Janeda_(Ambla)_vallavalitsus, lk 6
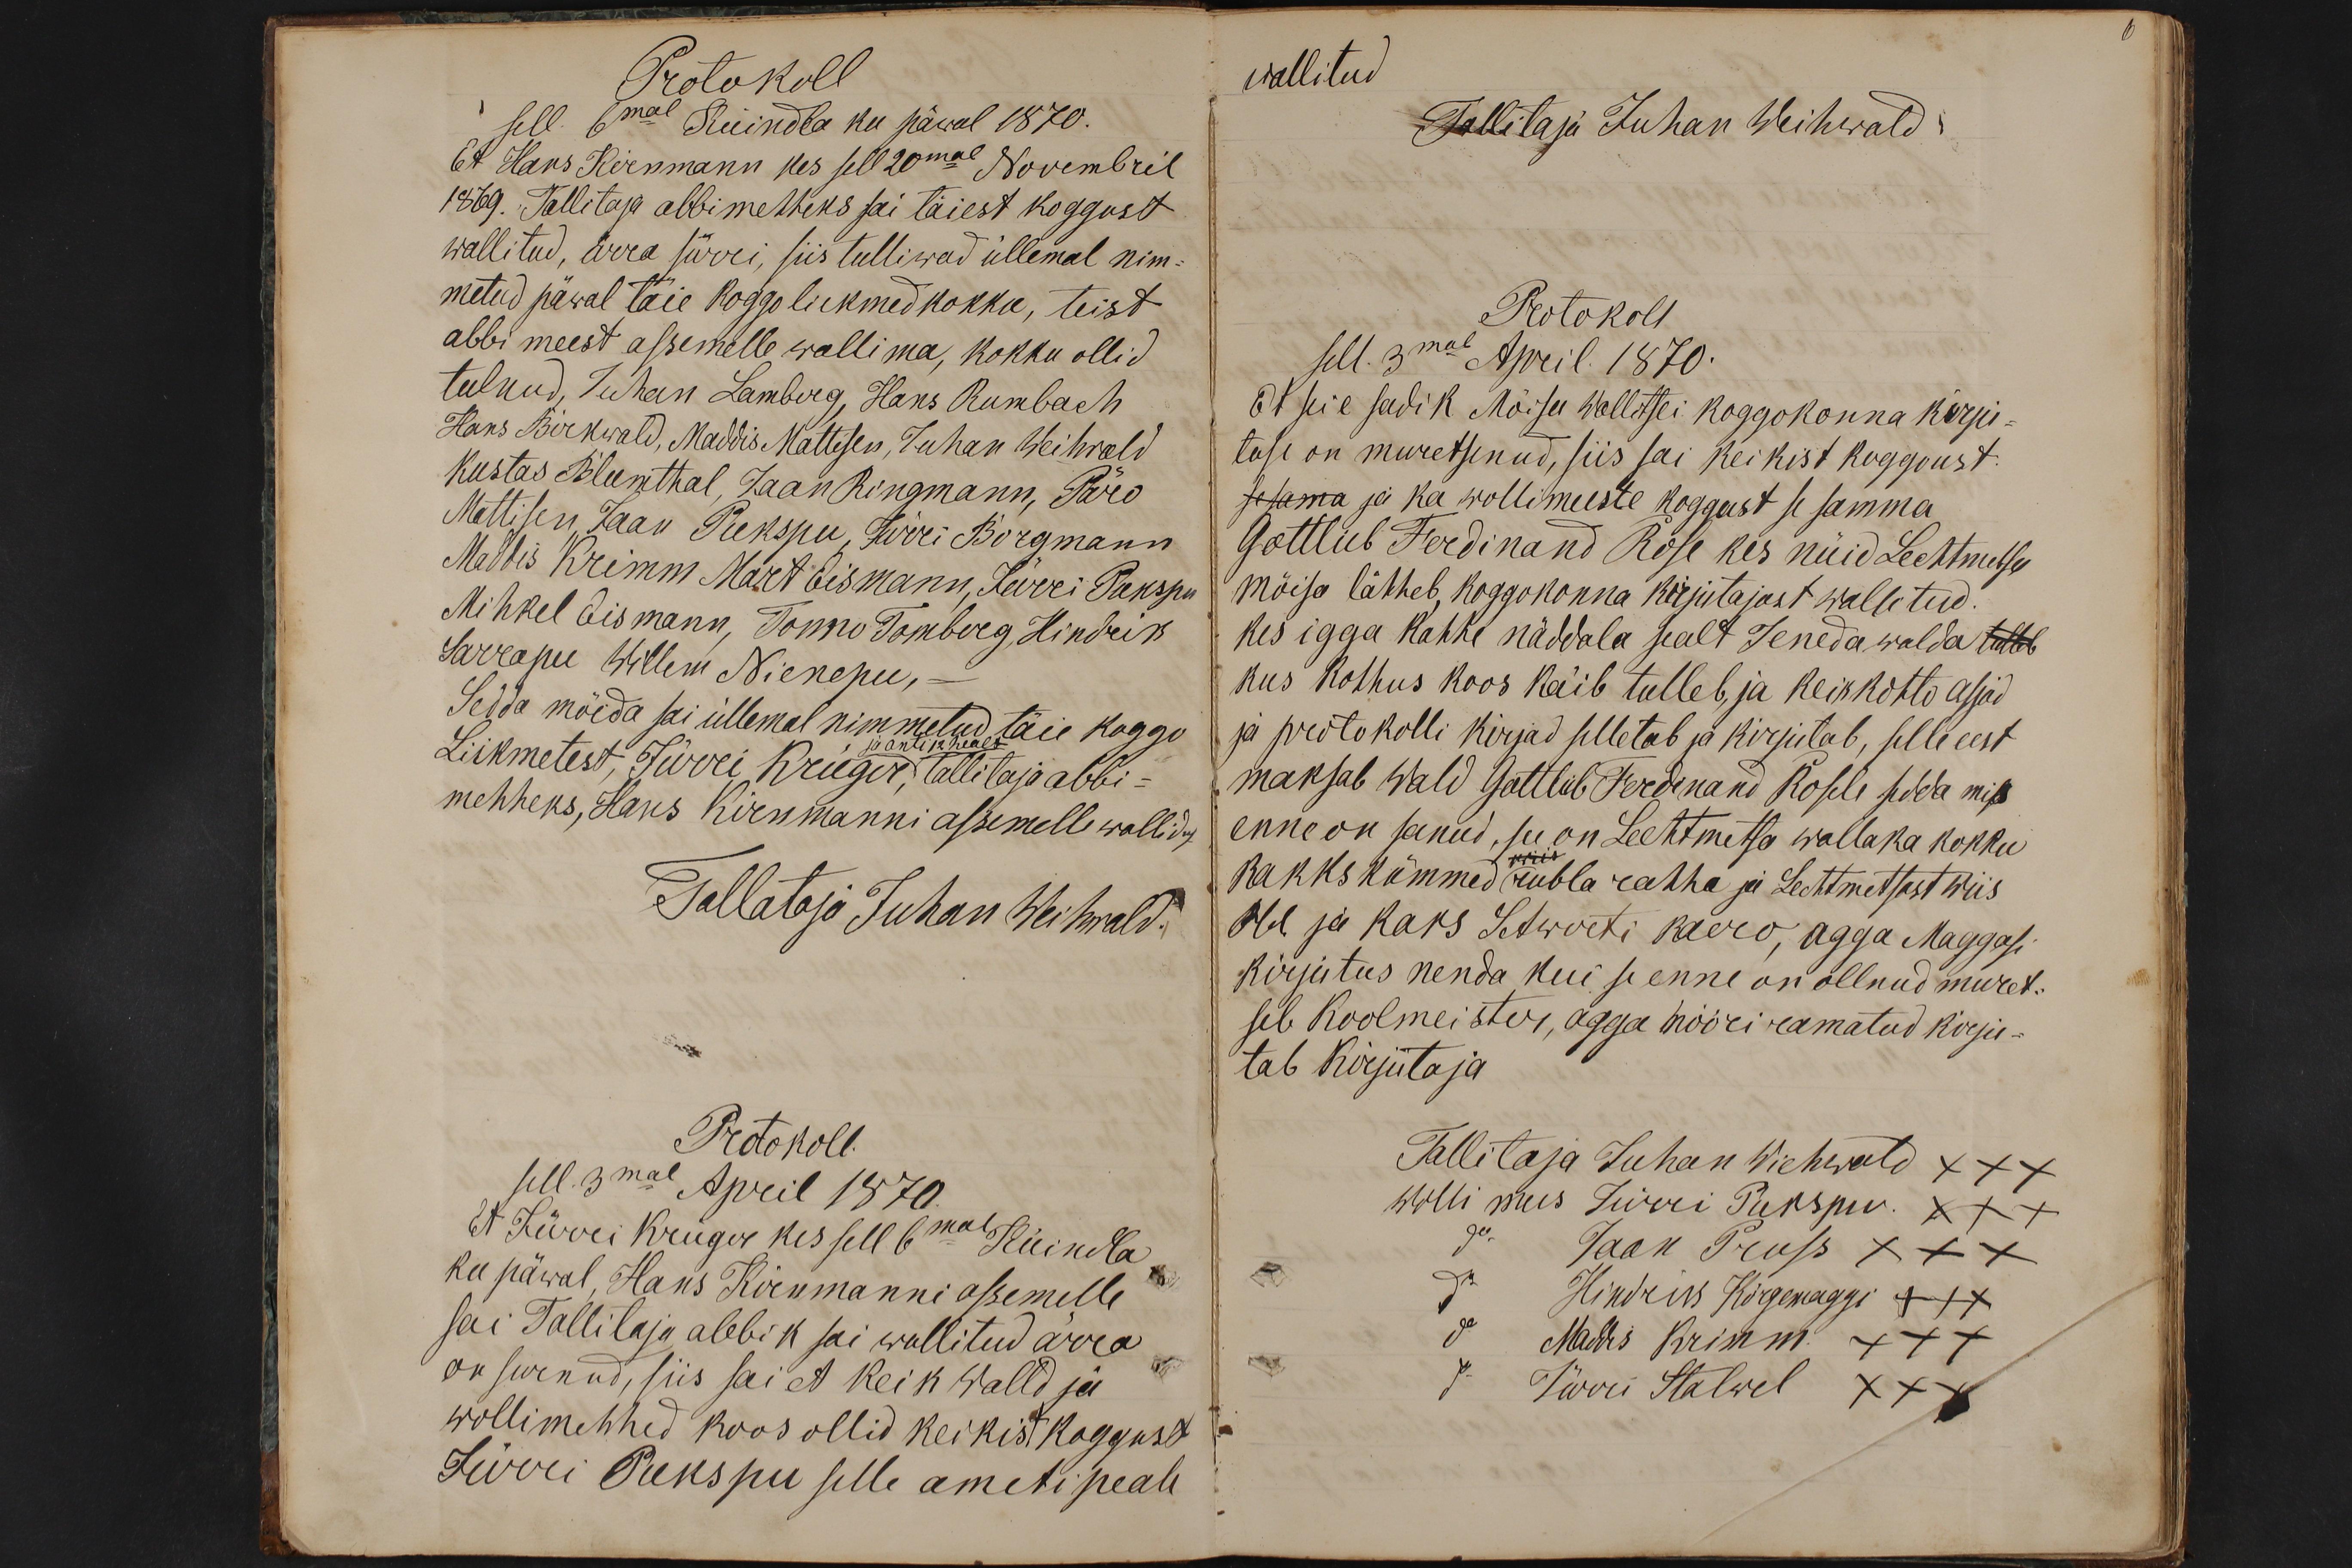
Protokoll
sell. 6mal Küindla ku päwal 1870
Et Hans Kirnmann kes sell 20mal Novembril
1869. Tallitaja abbimehheks sai täiest koggust
wallitud, ärra surri, siis tulliwad üllemal nim-
metud päwal täie koggo liikmed kokku, teist
abbi meest assemelle wallima, kokku ollid
tulnud, Juhan Lamberg, Hans Rumbach
Hans Birkwald, Maddis Mattisen, Juhan Weihwald
Kustas Blumthal, Jaan Ringmann, Päro
Mattisen, Jaan Pukspu, Jürri Borgmann,
Maddis Krimm Mart Eismann, Jürri Pukspu
Mihkel Eismann, Tonno Tomberg, Hindrik
Sarrapu Willem Nienepu,
Sedda möeda sai üllemal nimmetud täie koggo
ja anti 12 healt
Liikmetest, Jürri Kruger, Tallitaja abbi-
mehheks, Hans Kirnmanni assemelle wallidut
Tallataja Juhan Weihwald.
Protokoll.
sell. 3mal April 1870.
Et Jürri Krüger kes sell 6mal Küindla
ku päwal, Hans Kirnmanni assemelle
sai Tallitaja abbik sai wallitud ärra
on surnud, siis sai et keik Walld ja
wollimehhed koos ollid keikist koggust
Jürri Pukspu selle ameti peale

wallitud
Tallitaja Juhan Weihwald
Protokoll
sell. 3mal April. 1870.
Et seie sadik Mõisa Wallitsei koggokonna kirju-
tuse on muretsenud, siis sai keikist koggoust
sesama ja ka wollimeeste koggust se samma
Gottlieb Ferdinand Rose kes nüid Lechtmetsa
Mõisa lähheb, koggokonna kirjutajast wallitud
kes igga kahhe näddala sealt Jeneda walda tulleb
kus kohhus koos käib tulleb, ja keik kohto asjad
ja protokolli kirjad selletab ja kirjutab, selle eest
maksab wald Gottlieb Ferdinand Rosele sedda mis
enne on sanud, see on Lechtmetsa wallaka kokku
wiis
kakkskümmed rubla rahha ja Lechtmetsast wiis
Rbl ja kaks Setwerti kaero, agga Maggasi
kirjutus nenda kui se enne on ollnud muret-
seb Koolmeister, agga nööri ramatud kirju-
tab Kirjutaja
Tallitaja Juhan Wiehwald XXX
Wolli mees Jürri Pukspu XXX
do Jaan Pruss XXX
do Hindrik Kõrgemaggi XXX
do Madis Krimm XXX
do Jürri Stalwel XXX